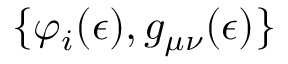
\{ \varphi _ { i } ( \epsilon ) , g _ { \mu \nu } ( \epsilon ) \}